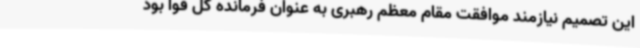
این تصمیم نیازمند موافقت مقام معظم رهبری به عنوان فرمانده کل قوا بود